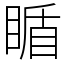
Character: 瞃